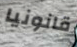
قانونيا